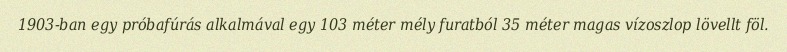
1903-ban egy próbafúrás alkalmával egy 103 méter mély furatból 35 méter magas vízoszlop lövellt föl.